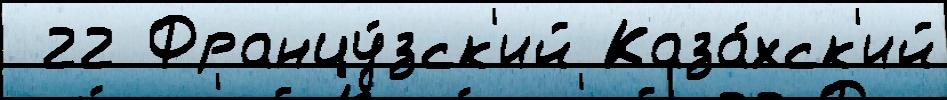
 22 Францу́зск'ий Каза́хск'ий